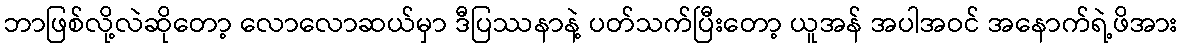
ဘာဖြစ်လို့လဲဆိုတော့ လောလောဆယ်မှာ ဒီပြဿနာနဲ့ ပတ်သက်ပြီးတော့ ယူအန် အပါအဝင် အနောက်ရဲ့ဖိအား